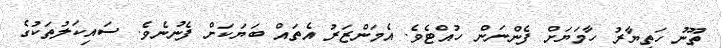
ތޫނު ހަތިޔާރު ހާމަޔަށް ފެންނަން ހުއްޓެވެ. އެމަންޒަރު އެތައް ބަޔަކަށް ފެނުނެވެ. ސައިކަލުތަކުގެ